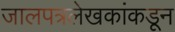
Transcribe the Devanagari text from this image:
जालपत्रलेखकांकडून